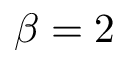
\beta = 2